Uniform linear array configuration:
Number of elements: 4
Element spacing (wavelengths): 0.75
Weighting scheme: binomial
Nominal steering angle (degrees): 60
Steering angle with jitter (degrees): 58.692
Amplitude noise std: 0.05
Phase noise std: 0.05

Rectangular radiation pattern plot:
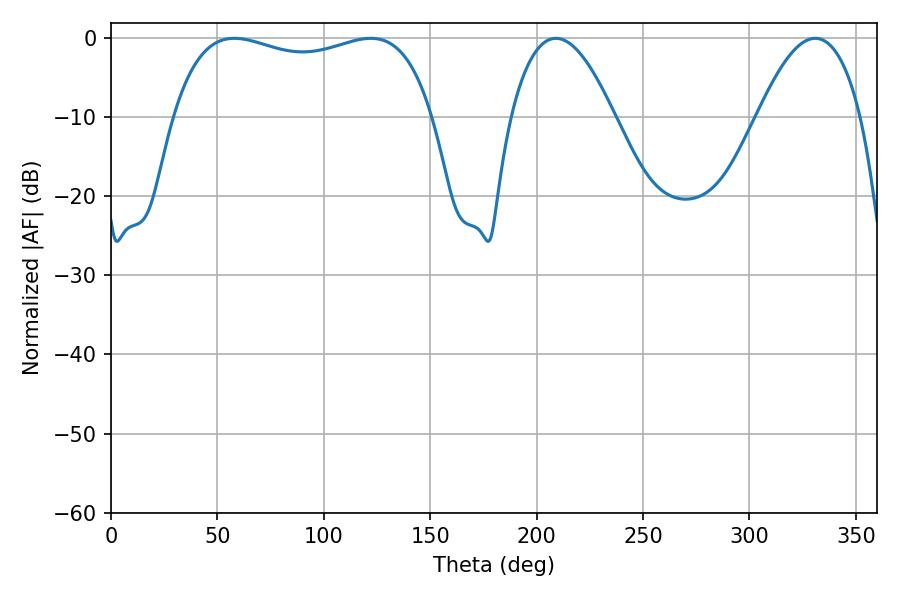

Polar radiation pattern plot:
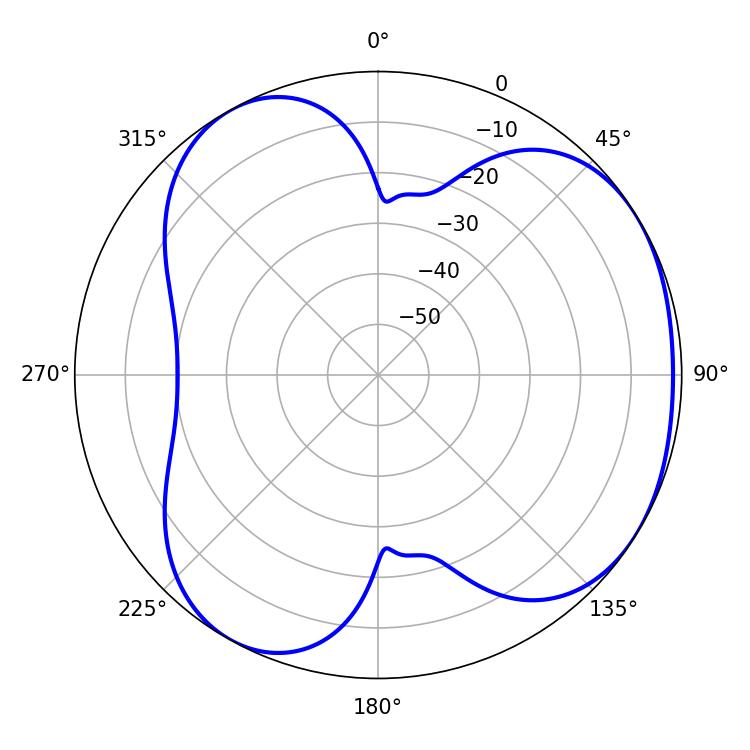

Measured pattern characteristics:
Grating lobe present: TRUE
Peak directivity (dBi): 3.956
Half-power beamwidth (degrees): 99.36
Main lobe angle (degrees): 57.96